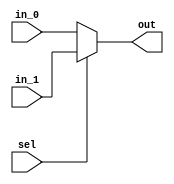
`timescale 1ns / 1ps


module MUX2_1(in_0, in_1, sel, out);

    parameter bit = 32;

    input            sel;
    input  [bit-1:0] in_0, in_1;
    output [bit-1:0] out;

    assign out = (sel == 0) ? in_0 : in_1;

endmodule